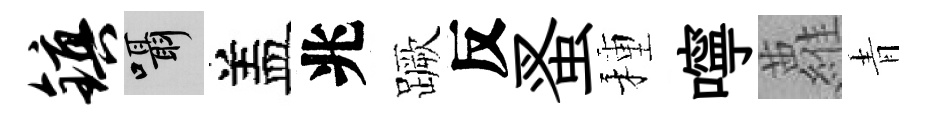
镇囁盖兆蹶反蚤種嚀蘿青